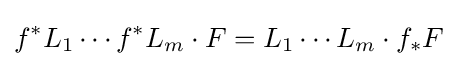
f^{*}L_{1}\cdots f^{*}L_{m}\cdot F=L_{1}\cdots L_{m}\cdot f_{*}F